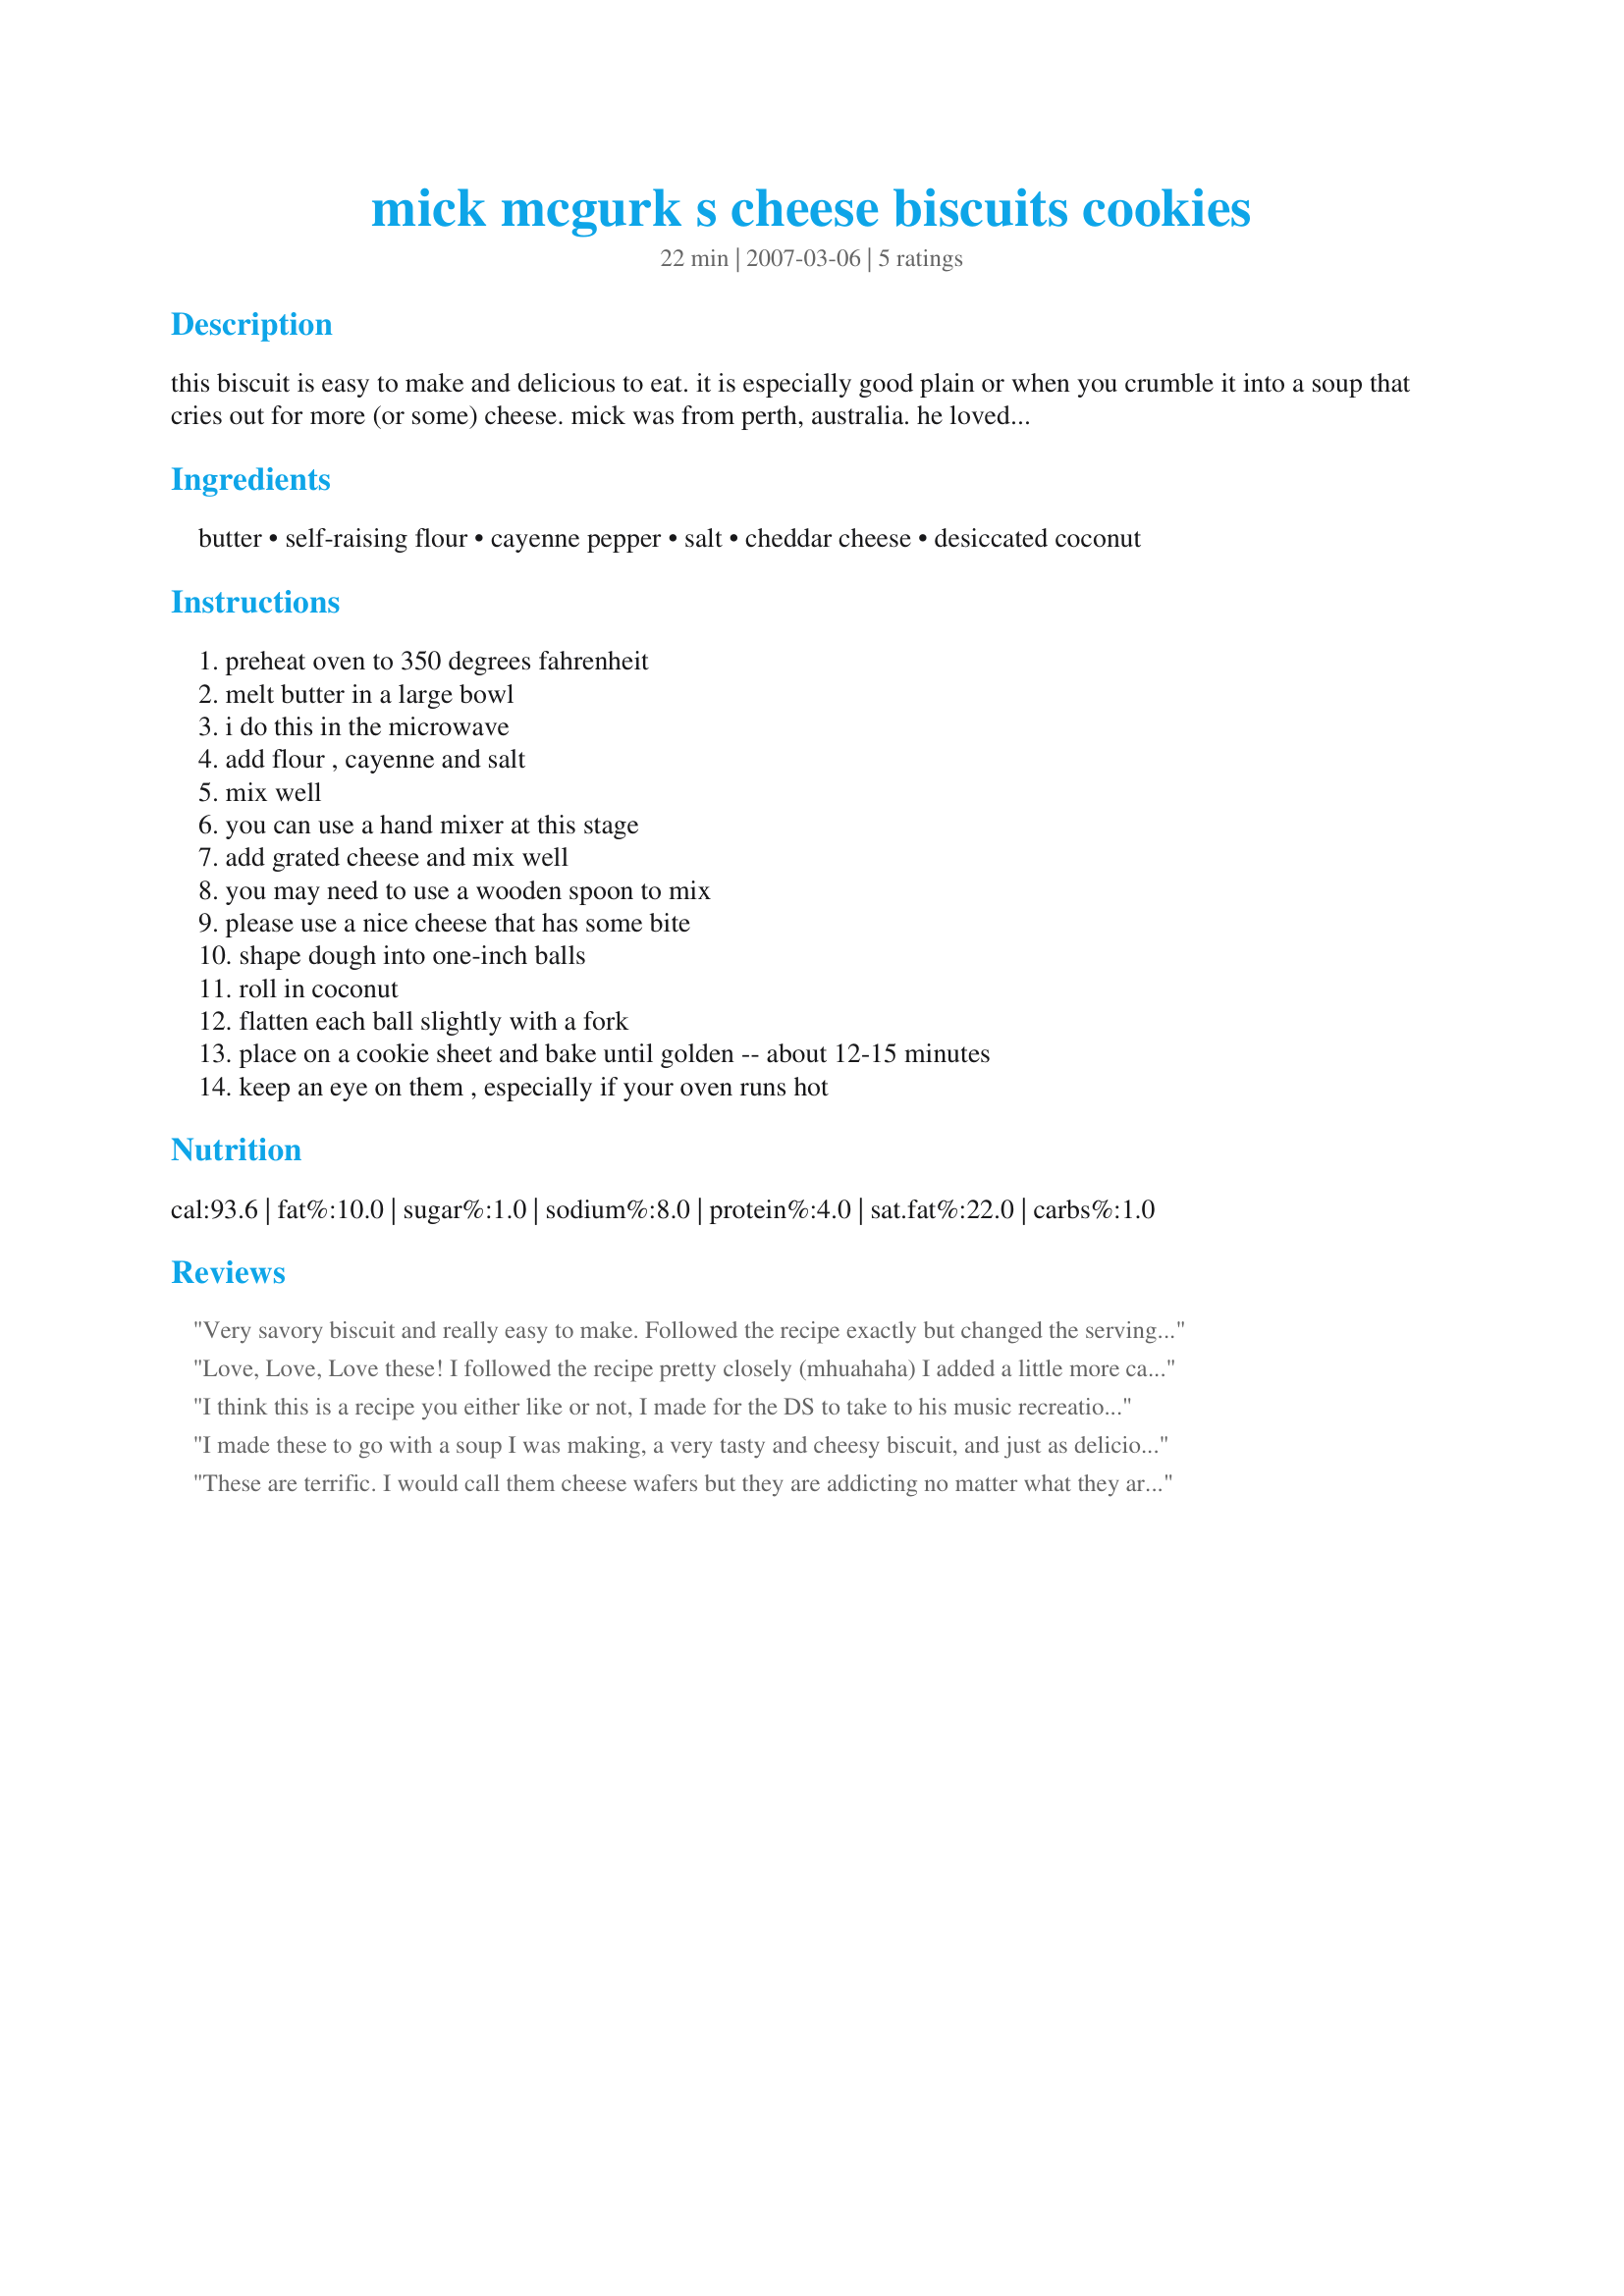
mick mcgurk s cheese biscuits cookies
Preparation time: 22 minutes

this biscuit is easy to make and delicious to eat. it is especially good plain or when you crumble it into a soup that cries out for more (or some) cheese.
mick was from perth, australia. he loved to bake. i'll post his divine shortbread recipe soon. this recipe is posted in his honour and with the approval of his daughter, kate, who might get online someday. :-) when she does, she'll love zaar.

Ingredients:
butter, self-raising flour, cayenne pepper, salt, cheddar cheese, desiccated coconut

Steps:
preheat oven to 350 degrees fahrenheit, melt butter in a large bowl, i do this in the microwave, add flour , cayenne and salt, mix well, you can use a hand mixer at this stage, add grated cheese and mix well, you may need to use a wooden spoon to mix, please use a nice cheese that has some bite, shape dough into one-inch balls, roll in coconut, flatten each ball slightly with a fork, place on a cookie sheet and bake until golden -- about 12-15 minutes, keep an eye on them , especially if your oven runs hot

Reviews:
Very savory biscuit and really easy to make. Followed the recipe exactly but changed the servings from 40 the 20. Very nice. Will make these again. Thanks for sharing.
Love, Love, Love these! I followed the recipe pretty closely (mhuahaha) I added a little more cayenne and I ran my shredded coconut through my food processor to make it more of a coarse grate. I am not a big coconut fan, but I find that if it is toasty and a little finer, I am good with it. It's a texture thing. The biscuits were gone FAST. I didn't get a chance to crumble them on soup, that's for sure. I had them on a platter with other finger foods at a get together and they were inhaled. A big hit and easy to make. I'll be making them again. Reviewed for PAC Spring 08
I think this is a recipe you either like or not, I made for the DS to take to his music recreation group for intellectually challenged adults and most found to be to peppery and cheesy. I did use a hot cayenne pepper and a vintage cheddar cheese. That said I did try one (heck no sugar) and I loved it, the strength of the cheese and the bite of cayenne suited me and can see these going just great crumbled over a smooth soup. They were easy to make and I got 37 out of the mix and baked at 170C fan forced oven for 13 minutes. Thank you Peggy, made for Make My Recipe, Edition 11.
I made these to go with a soup I was making, a very tasty and cheesy biscuit, and just as delicious crumbled into soup or even just to serve with soup, and what a a wonderful light shortbread taste.
I followed directions and ingredients exactly and they turned out just right. These would even be great to make and use for something different and tasty to serve along side cheese platters meat platters and even dips.
Great recipe Leggy Peggy. Will be making again!!!
These are terrific. I would call them cheese wafers but they are addicting no matter what they are called. I did skip the coconut as I was perfectly happy with the sassy mix and just couldn't see how coconut (all I have is sweetened) could possibly improve them. Mine baked for 11 mins. They were better after sitting for several hrs than right out of the oven. They went great with homemade mushroom soup this evening.
